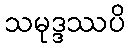
သမုဒ္ဒဿပိ